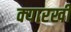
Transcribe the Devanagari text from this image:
क्यारखी